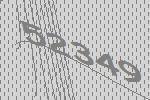
52349